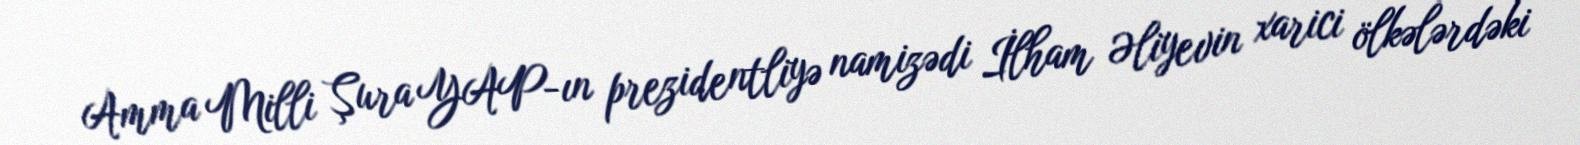
Amma Milli Şura YAP-ın prezidentliyə namizədi İlham Əliyevin xarici ölkələrdəki